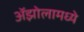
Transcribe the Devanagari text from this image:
ॲझोलामध्ये